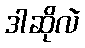
ဒါဆိုလဲ